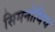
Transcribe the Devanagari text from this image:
सिमनोविच